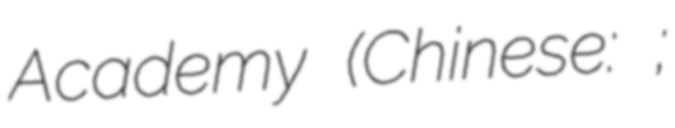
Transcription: Academy (Chinese: 白鹿洞書院;